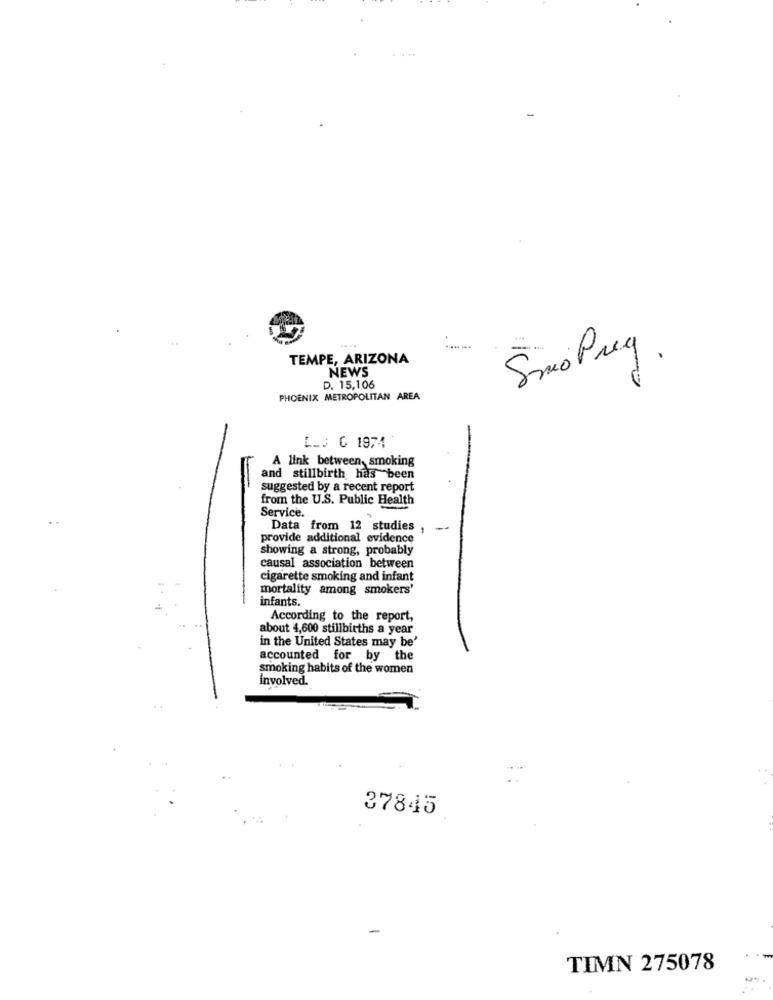
----
Smo Prey
TEMPE, ARIZONA
NEWS
D. 15,106
PHOENIX METROPOLITAN AREA
L _. 0 1974
A link between, smoking
and stillbirth has been
suggested by a recent report
from the U.S. Public Health
Service.
Data from 12 studies ,
provide additional evidence
showing a strong, probably
causal association between
cigarette smoking and infant
mortality among smokers'
infants.
According to the report,
about 4,600 stillbirths a year
in the United States may be'
accounted for by the
smoking habits of the women
involved.
37845
TIMN 275078